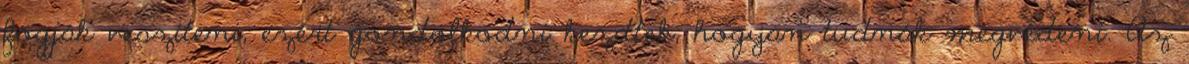
fogják veszíteni, ezért gondolkodni kezdtek, hogyan tudnák megvédeni. Az